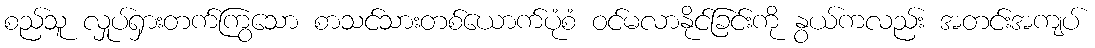
စည်သူ လှုပ်ရှားတက်ကြွသော စာသင်သားတစ်ယောက်ပုံစံ ဝင်မလာနိုင်ခြင်းကို နွယ်ကလည်း အတင်းအကျပ်